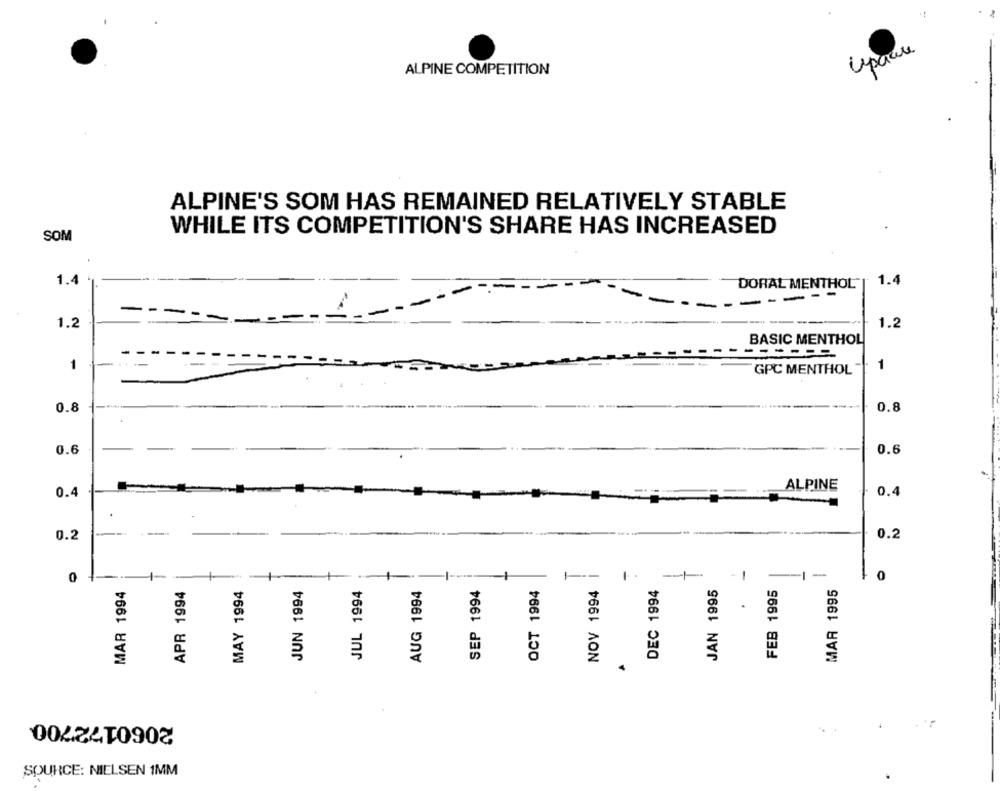
Lepaure
ALPINE COMPETITION
ALPINE'S SOM HAS REMAINED RELATIVELY STABLE
SOM
WHILE ITS COMPETITION'S SHARE HAS INCREASED
1.4
DORAL MENTHOL"
1.4
-----
1.2
1.2
BASIC MENTHOL
------
1
GPC MENTHOL
1
0.8
0.8
0.6
0.6
ALPINE
0.4
0.4
0.2
0.2
0
----
-1
-1-
0
MAR 1994
APR 1994
MAY 1994
JUN 1994
JUL 1994
AUG 1994
SEP 1994
OCT 1994
NOV 1994
DEC 1994
JAN 1995
FEB 1995
MAR 1995
4
2060172700
SOURCE: NIELSEN 1MM